Vaccination in Burma 1889-1999 - 1889-1999
Year: 1889
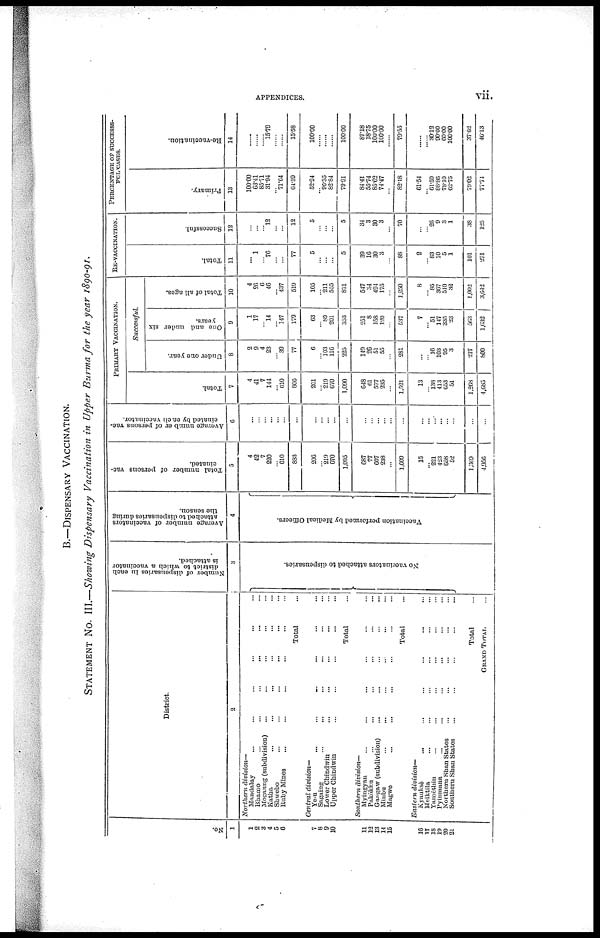
APPENDICES.
vii.
B.—DISPENSARY VACCINATION.
STATEMENT No. III.—Showing Dispensary Vaccination in Upper Burma for the year 1890-91.
No.
1
1
2
3
4
5
6
7
8
9
10
11
12
13
14
15
16
17
18
19
20
21
District.
2
Northern division—
Mandalay
...
...
...
...
...
...
Bhamo ... ... ... ... ... ...
Mogaung (subdivision) ... ... ... ... ...
Katha ... ... ... ... ... ...
Shwebo ... ... ... ... ... ...
Ruby Mines ... ... ... ... ... ...
Total ...
Central division—
Ye-u ... ... ... ... ... ...
Sagaing ... ... ... ... ... ...
Lower Chindwin ... ... ... ... ...
Upper Chindwin ... ... ... ... ...
Total ...
Southern division—
Myingyan ... ... ... ... ...
Pakôkku ... ... ... ... ... ...
Gangaw (subdivision) ... ... ... ... ...
Minbu ... ... ... ... ... ...
Magwe ... ... ... ... ... ...
Total ...
Eastern division—
Kyauksè
...
...
...
...
...
...
Meiktila ... ... ... ... ... ...
Yamèthin ... ... ... ... ... ...
Pyinmana ... ... ... ... ... ...
Northern Shan States ... ... ... ... ...
Southern Shan States ... ... ... ... ...
Total ...
GRAND TOTAL ...
Number of dispensaries in each
district to which a vaccinator
is attached.
3
No v a c c i n a t o r s a t t a c h e d to dispensaries.
Average number of vaccinators
attached to dispensaries during
the season.
4
Va c c i
na t
i
on p e r f o r me d by Medical Officers.
Total number of persons vac-
cinated.
5
4
42
7
220
...
610
883
206
...
219
670
1,095
687
77
607
238
...
1,609
15
...
221
423
658
52
1,369
4,956
Average number of persons vac-
cinated by each vaccinator.
6
...
...
...
...
...
...
...
...
...
...
...
...
...
...
...
...
...
...
...
...
...
...
...
...
...
PRIMARY VACCINATION.
Total.
7
4
41
7
144
...
610
806
201
...
219
670
1,090
648
61
577
235
...
1,521
13
...
138
413
653
51
1,208
4,685
Successful.
Under one year.
8
2
9
4
23
...
39
77
6
...
103
116
225
149
26
51
55
...
281
...
...
16
103
95
3
217
800
One and under six
years.
9
1
17
... 14
...
147
179
63
...
89
201
353
251
8
158
120
...
537
7
...
51
147
335
23
563
1,632
Total of all ages.
10
4
26
6
46
...
437
519
105
...
211
555
871
547
34
494
175
...
1,250
8
...
85
367
510
32
1,002
3,642
RE-VACCINATION.
Total.
11
... 1
... 76
...
...
77
5
...
...
...
5
39
16
30
3
...
88
2
...
83
10
5
1
101
271
Successful.
12
...
...
... 12
...
...
12
5
...
...
...
5
34
3
30
3
...
70
...
...
25
9
3
1
38
125
PERCENTAGE OF SUCCESSS-
FUL CASES.
Primary.
13
100.00
63.41
85.71
31.94
... 71.64
64.39
52.24
... 96.35
82.84
79.91
84.41
55.74
85.62
74.47
...
82.18
61.54
...
61.59
88.80
78.10
62.75
79.02
77.74
Re-vaccination.
14
......
......
......
15.79
......
......
15.58
100.00
......
......
......
100.00
87.18
18.75
100.00
100.00
...
79.55
...
...
30.12
90.00
60.00
100.00
37.62
46.13